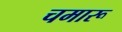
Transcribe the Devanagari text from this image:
चमारू